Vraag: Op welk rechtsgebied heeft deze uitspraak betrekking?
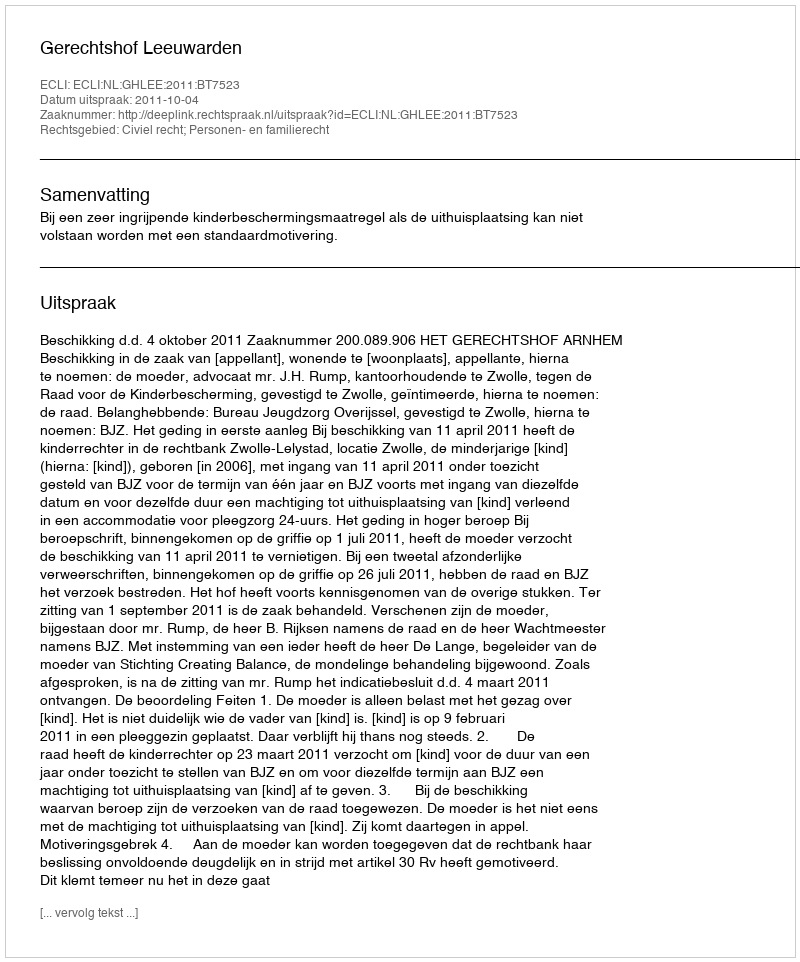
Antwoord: Civiel recht; Personen- en familierecht